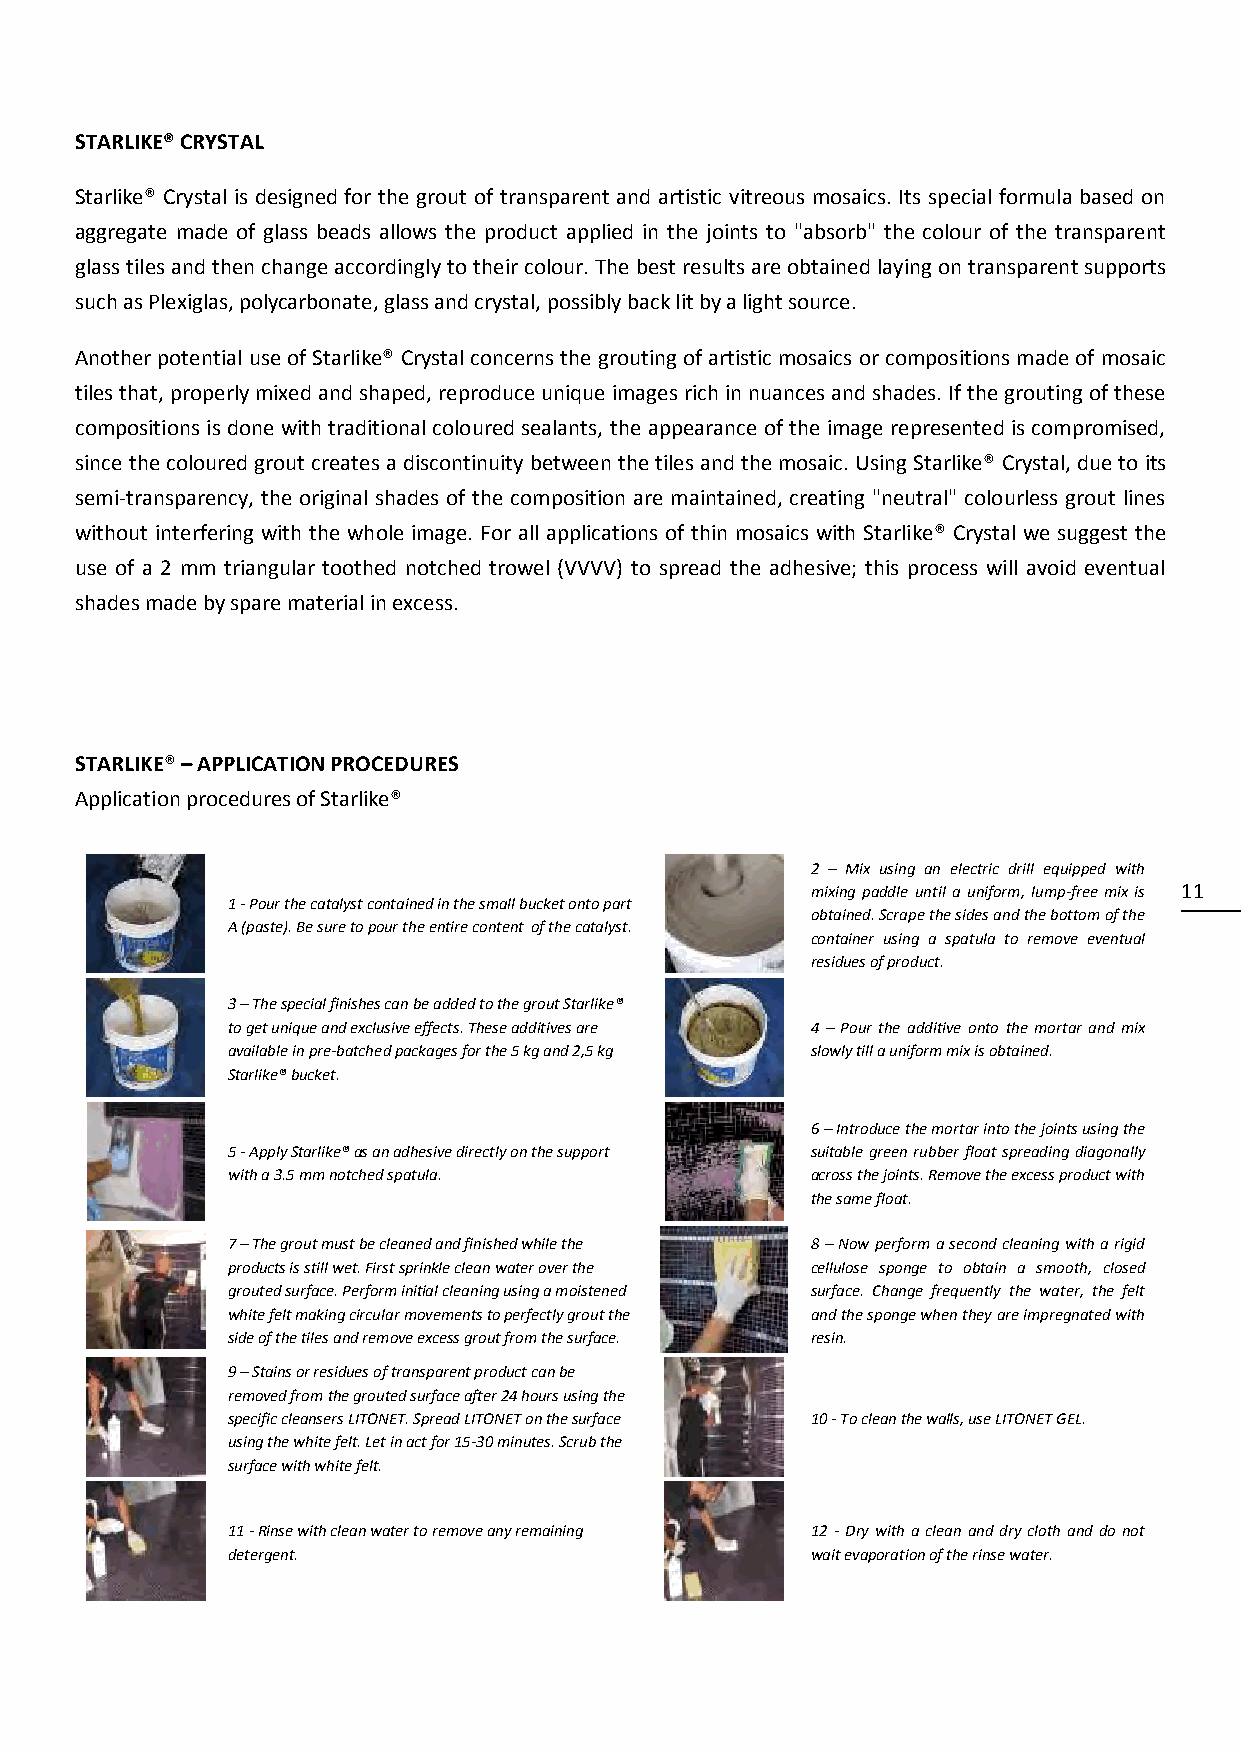
STARLIKE® CRYSTAL
 Starlike® Crystal is designed for the grout of transparent and artistic vitreous mosaics. Its special formula based on
 aggregate made of glass beads allows the product applied in the joints to "absorb" the colour of the transparent
 glass tiles and then change accordingly to their colour. The best results are obtained laying on transparent supports
 such as Plexiglas, polycarbonate, glass and crystal, possibly back lit by a light source.
 Another potential use of Starlike® Crystal concerns the grouting of artistic mosaics or compositions made of mosaic
 tiles that, properly mixed and shaped, reproduce unique images rich in nuances and shades. If the grouting of these
 compositions is done with traditional coloured sealants, the appearance of the image represented is compromised,
 since the coloured grout creates a discontinuity between the tiles and the mosaic. Using Starlike® Crystal, due to its
 semi-transparency, the original shades of the composition are maintained, creating "neutral" colourless grout lines
 without interfering with the whole image. For all applications of thin mosaics with Starlike® Crystal we suggest the
 use of a 2 mm triangular toothed notched trowel (VVVV) to spread the adhesive; this process will avoid eventual
 shades made by spare material in excess.
 STARLIKE® – APPLICATION PROCEDURES
 Application procedures of Starlike®
 2 – Mix using an electric drill equipped with
 mixing paddle until a uniform, lump-free mix is 11
 1 - Pour the catalyst contained in the small bucket onto part
 obtained. Scrape the sides and the bottom of the
 A (paste). Be sure to pour the entire content of the catalyst.
 container using a spatula to remove eventual
 residues of product.
 3 – The special finishes can be added to the grout Starlike®
 to get unique and exclusive effects. These additives are 4 – Pour the additive onto the mortar and mix
 available in pre-batched packages for the 5 kg and 2,5 kg slowly till a uniform mix is obtained.
 Starlike® bucket.
 6 – Introduce the mortar into the joints using the
 5 - Apply Starlike® as an adhesive directly on the support suitable green rubber float spreading diagonally
 with a 3.5 mm notched spatula.         across the joints. Remove the excess product with
 the same float.
 7 – The grout must be cleaned and finished while the 8 – Now perform a second cleaning with a rigid
 products is still wet. First sprinkle clean water over the cellulose sponge to obtain a smooth, closed
 grouted surface. Perform initial cleaning using a moistened surface. Change frequently the water, the felt
 white felt making circular movements to perfectly grout the and the sponge when they are impregnated with
 side of the tiles and remove excess grout from the surface. resin.
 9 – Stains or residues of transparent product can be
 removed from the grouted surface after 24 hours using the
 specific cleansers LITONET. Spread LITONET on the surface 10 - To clean the walls, use LITONET GEL.
 using the white felt. Let in act for 15-30 minutes. Scrub the
 surface with white felt.
 11 - Rinse with clean water to remove any remaining 12 - Dry with a clean and dry cloth and do not
 detergent.                             wait evaporation of the rinse water.